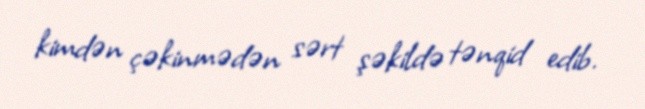
kimdən çəkinmədən sərt şəkildə tənqid edib.